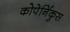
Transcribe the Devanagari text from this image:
कोपेर्निकुस